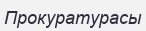
Прокуратурасы